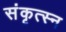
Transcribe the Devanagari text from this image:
संकृत्स्न